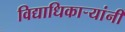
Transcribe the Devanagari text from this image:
विद्याधिकार्‍यांनी